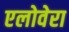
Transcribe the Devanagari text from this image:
एलोवेरा